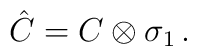
\hat{C}  =  C \otimes \sigma _1\, .